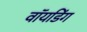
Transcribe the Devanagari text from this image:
वॉयडिंग